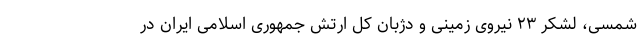
شمسی، لشکر ۲۳ نیروی زمینی و دژبان کل ارتش جمهوری اسلامی ایران در